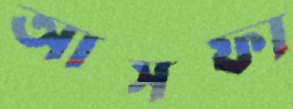
আসফা